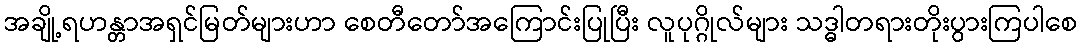
အချို့ရဟန္တာအရှင်မြတ်များဟာ စေတီတော်အကြောင်းပြုပြီး လူပုဂ္ဂိုလ်များ သဒ္ဓါတရားတိုးပွားကြပါစေ